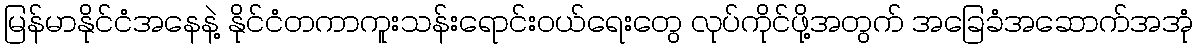
မြန်မာနိုင်ငံအနေနဲ့ နိုင်ငံတကာကူးသန်းရောင်းဝယ်ရေးတွေ လုပ်ကိုင်ဖို့အတွက် အခြေခံအဆောက်အအုံ